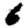
Digit: 6